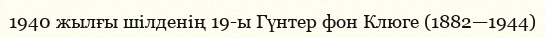
1940 жылғы шілденің 19-ы Гүнтер фон Клюге (1882—1944)